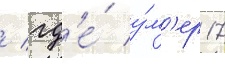
/ гд'е́ у́м'ер 17